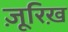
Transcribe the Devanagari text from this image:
ज़ूरिख़